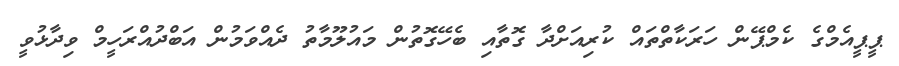
ޕީޕީއެމްގެ ކެމްޕޭން ހަރަކާތްތައް ކުރިއަށްދާ ގޮތާއި ބެހޭގޮތުން މައުލޫމާތު ދެއްވަމުން އަބްދުއްރަހީމް ވިދާޅުވީ